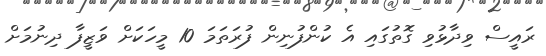
ރައީސް ވިދާޅުވި ގޮތުގައި އެ ކުންފުނިން ފުރަތަމަ 10 މީހަކަށް ވަޒީފާ ދިނުމަށް